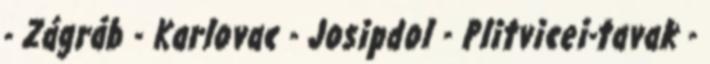
- Zágráb - Karlovac - Josipdol - Plitvicei-tavak -